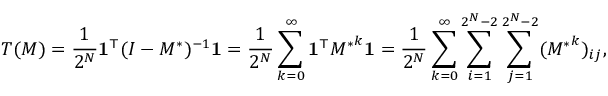
T ( M ) = \frac { 1 } { 2 ^ { N } } \mathbf { 1 } ^ { \top } ( I - M ^ { \ast } ) ^ { - 1 } \mathbf { 1 } = \frac { 1 } { 2 ^ { N } } \sum _ { k = 0 } ^ { \infty } \mathbf { 1 } ^ { \top } { M ^ { \ast } } ^ { k } \mathbf { 1 } = \frac { 1 } { 2 ^ { N } } \sum _ { k = 0 } ^ { \infty } \sum _ { i = 1 } ^ { 2 ^ { N } - 2 } \sum _ { j = 1 } ^ { 2 ^ { N } - 2 } ( { M ^ { \ast } } ^ { k } ) _ { i j } ,